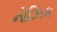
નોઝિક